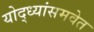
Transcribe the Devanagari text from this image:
योद्ध्यांसमवेत